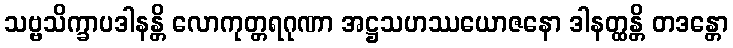
သဗ္ဗသိက္ခာပဒါနန္တိ လောကုတ္တရဂုဏာ အဋ္ဌသဟဿယောဇနော ဒါနတ္ထန္တိ တဒန္တော